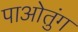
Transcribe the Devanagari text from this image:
पाओतुंग